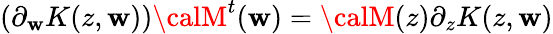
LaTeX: (\partial_{\mathbf{w}}K(z,\mathbf{w})){\calM}^{t}(\mathbf{w})={\calM}(z)\partial_{z}K(z,\mathbf{w})